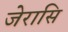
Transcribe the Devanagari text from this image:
जेरासि